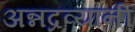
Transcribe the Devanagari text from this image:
अन्नद्रव्यांनी